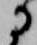
に